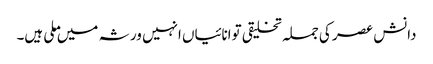
دانش عصر کی جملہ تخلیقی توانائیاں انہیں ورثہ میں ملی ہیں۔